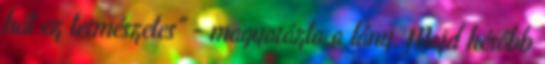
hát ez természetes" - magyarázta a lány. Majd később